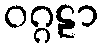
ဝဂ္ဂဠာ